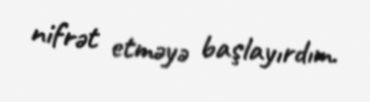
nifrət etməyə başlayırdım.